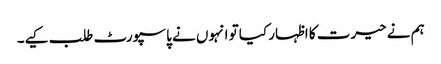
ہم نے حیرت کا اظہار کیا تو انہوں نے پاسپورٹ طلب کیے۔